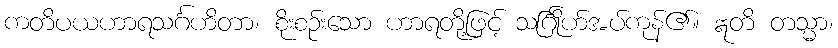
ကတိပယဟာရသင်္ဂဟိတာ၊ စိုးစဉ်းသော ဟာရတို့ဖြင့် သင်္ဂြိုဟ်အပ်ကုန်၏။ ဣတိ တသ္မာ၊